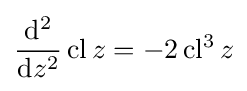
{\frac {\mathrm {d} ^{2}}{\mathrm {d} z^{2}}}\operatorname {cl} z=-2\operatorname {cl^{3}} z